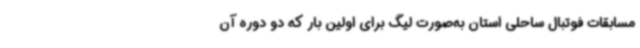
مسابقات فوتبال ساحلی استان به‌صورت لیگ برای اولین بار که دو دوره آن